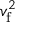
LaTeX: v _ { \mathrm { f } } ^ { 2 }